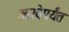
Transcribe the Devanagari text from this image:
उतरवेपर्यंत